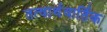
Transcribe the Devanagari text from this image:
तत्वार्थवार्तिक